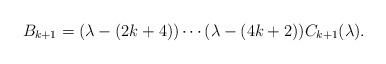
LaTeX: \begin{align*}B_{k+1} = (\lambda - (2k+4)) \cdots (\lambda -(4k+2)) C_{k+1}(\lambda ).\end{align*}